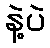
နဲ့ပဲ